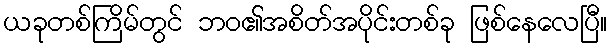
ယခုတစ်ကြိမ်တွင် ဘဝ၏အစိတ်အပိုင်းတစ်ခု ဖြစ်နေလေပြီ။